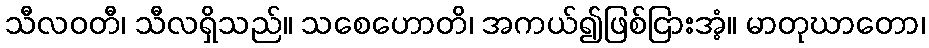
သီလဝတီ၊ သီလရှိသည်။ သစေဟောတိ၊ အကယ်၍ဖြစ်ငြားအံ့။ မာတုဃာတော၊